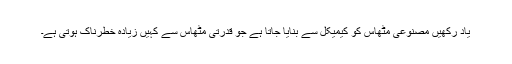
یاد رکھیں مصنوعی مٹھاس کو کیمیکل سے بنایا جاتا ہے جو قدرتی مٹھاس سے کہیں زیادہ خطرناک ہوتی ہے۔